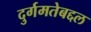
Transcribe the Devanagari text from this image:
दुर्गमतेबद्दल